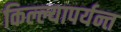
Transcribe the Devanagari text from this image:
किल्ल्यापर्यन्त